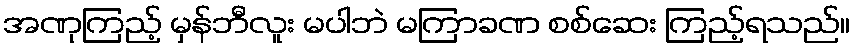
အဏုကြည့် မှန်ဘီလူး မပါဘဲ မကြာခဏ စစ်ဆေး ကြည့်ရသည်။